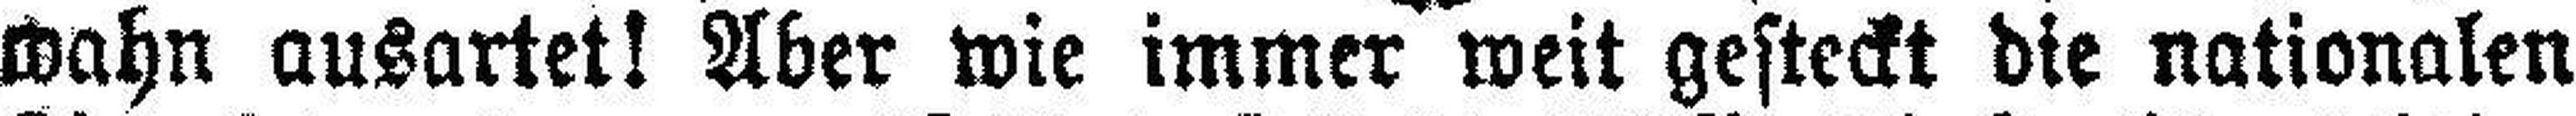
wahn ausartet! Aber wie immer weit gesteckt die nationalen